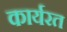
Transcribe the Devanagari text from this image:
कार्यरत